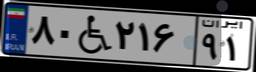
۸۰W۲۱۶۹۱